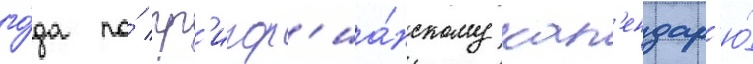
го́да по́ гр'игор'иа́нскому кал'ендар'ю́